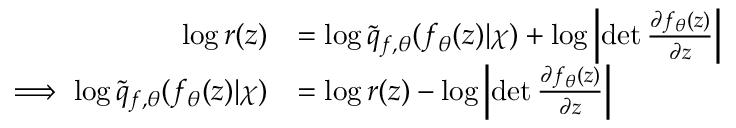
\begin{array} { r l } { \log r ( z ) } & { = \log \tilde { q } _ { f , \theta } ( f _ { \theta } ( z ) | \chi ) + \log \left| \operatorname* { d e t } \frac { \partial f _ { \theta } ( z ) } { \partial z } \right| } \\ { \implies \log \tilde { q } _ { f , \theta } ( f _ { \theta } ( z ) | \chi ) } & { = \log r ( z ) - \log \left| \operatorname* { d e t } \frac { \partial f _ { \theta } ( z ) } { \partial z } \right| } \end{array}